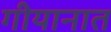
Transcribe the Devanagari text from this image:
गीयानात